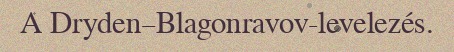
A Dryden–Blagonravov-levelezés.